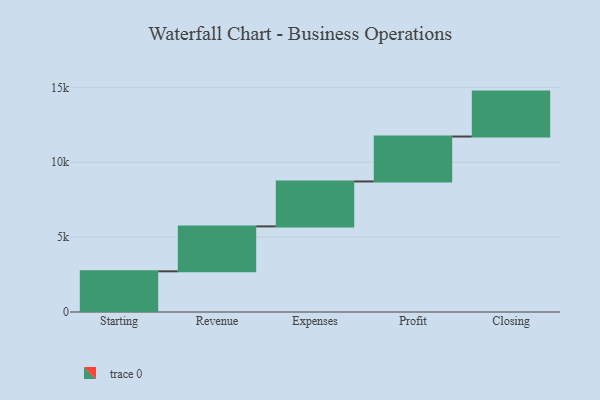
{"axis": {"x": "Step", "y": "Value"}, "legend": [""], "data": [{"x": "Starting", "y": 2716.0, "type": ""}, {"x": "Revenue", "y": 3000, "type": ""}, {"x": "Expenses", "y": 3000, "type": ""}, {"x": "Profit", "y": 3000, "type": ""}, {"x": "Closing", "y": 3000, "type": ""}]}